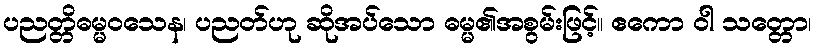
ပညတ္တိဓမ္မဝသေန၊ ပညတ်ဟု ဆိုအပ်သော ဓမ္မ၏အစွမ်းဖြင့်။ ဧကော ဝါ သတ္တော၊